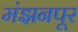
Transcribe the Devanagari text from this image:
मंझनपूर